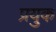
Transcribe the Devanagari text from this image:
प्रयुक